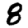
Digit: 8